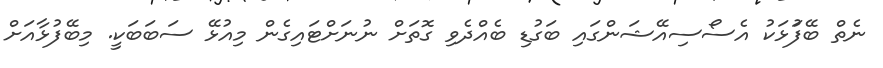
ނެތް ބޭފަުޅަކު އެސޯސިއޭޝަންގައި ބަގުޑި ބެއްދެވި ގޮތަށް ނުނަށްޓައިގެން މިއުޅޭ ސަބަބަކީ. މިބޭފުޅާއަށް